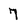
Character: 7